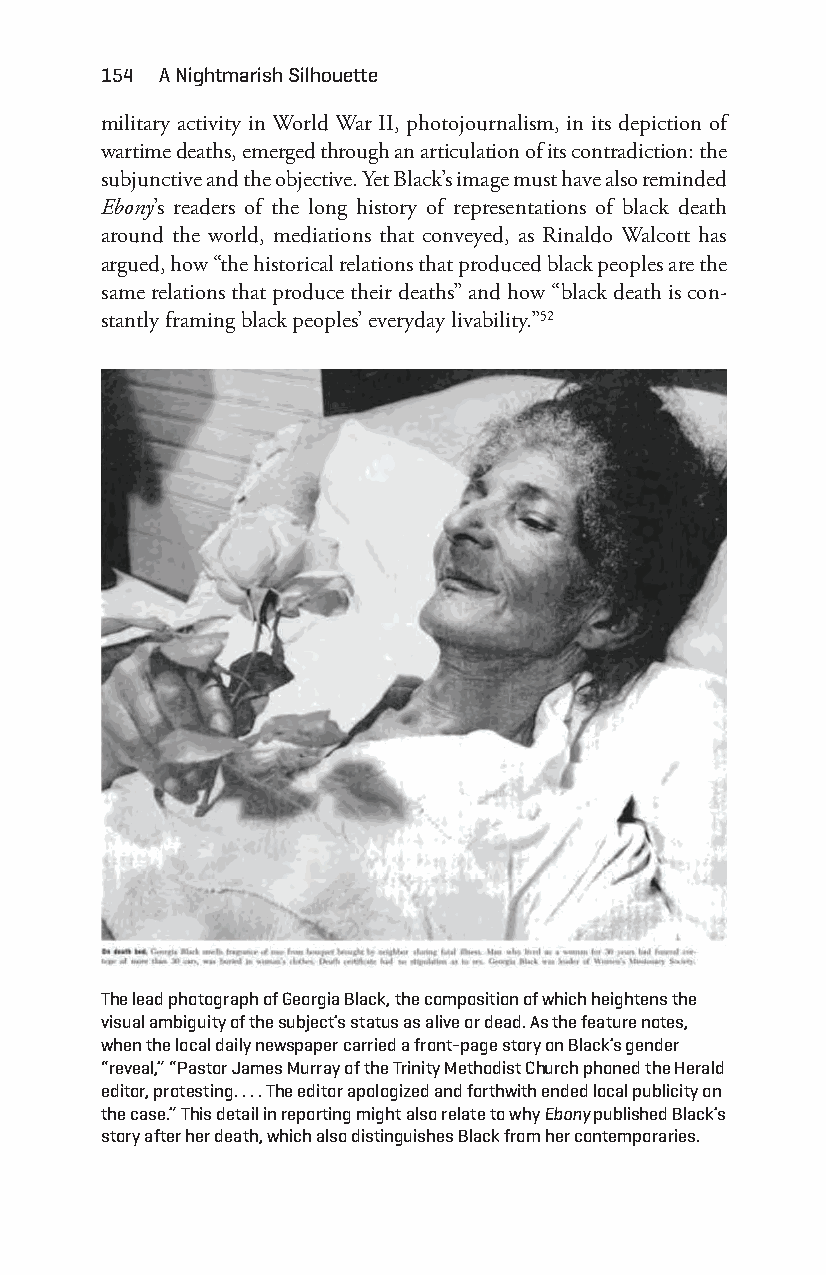
154 a nightmarish Silhouette
 military activity in World War II, photojournalism, in its depiction of
 wartime deaths, emerged through an articulation of its contradiction: the
 subjunctive and the objective. Yet Black’s image must have also reminded
 Ebony’s readers of the long history of representations of black death
 around the world, mediations that conveyed, as Rinaldo Walcott has
 argued, how “the historical relations that produced black peoples are the
 same relations that produce their deaths” and how “black death is con-
 stantly framing black peoples’ everyday livability.”52
 the lead photograph of georgia Black, the composition of which heightens the
 visual ambiguity of the subject’s status as alive or dead. as the feature notes,
 when the local daily newspaper carried a front- page story on Black’s gender
 “reveal,” “Pastor James Murray of the trinity Methodist church phoned the herald
 editor, protesting. . . . the editor apologized and forthwith ended local publicity on
 the case.” this detail in reporting might also relate to why Ebony published Black’s
 story after her death, which also distinguishes Black from her contemporaries.
 Snorton.indd 154                            29/09/2017 8:41:06 AM